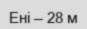
Ені — 28 м